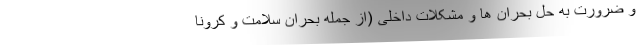
و ضرورت به حل بحران ها و مشکلات داخلی (از جمله بحران سلامت و کرونا